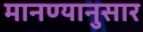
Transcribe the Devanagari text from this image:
मानण्यानुसार